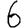
Digit: 6